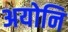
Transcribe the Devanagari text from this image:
अयोनि